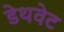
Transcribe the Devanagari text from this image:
डेथवेट